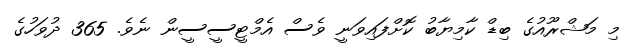
މި މަޝްރޫއުގެ ބިިޑް ކާމިޔާބު ކޮށްފައިވަނީ ވެސް އެމްޓީސީސީން ނެވެ. 365 ދުވަހުގެ